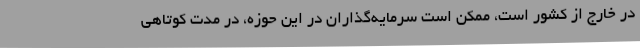
در خارج از کشور است، ممکن است سرمایه‌گذاران در این حوزه، در مدت کوتاهی